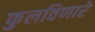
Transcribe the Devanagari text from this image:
फुलविणारे